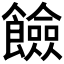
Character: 𩟅